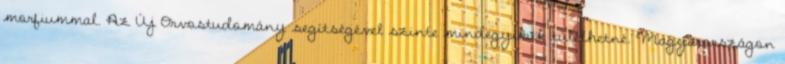
morfiummal. Az Új Orvostudomány segítségével szinte mindegyikük túlélhetné. Magyarországon